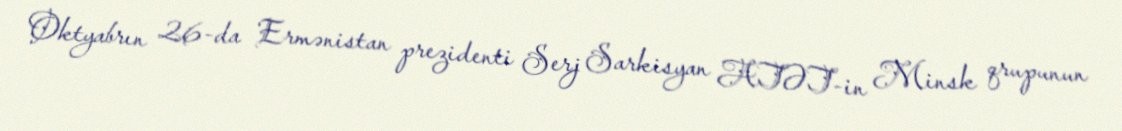
Oktyabrın 26-da Ermənistan prezidenti Serj Sarkisyan ATƏT-in Minsk qrupunun